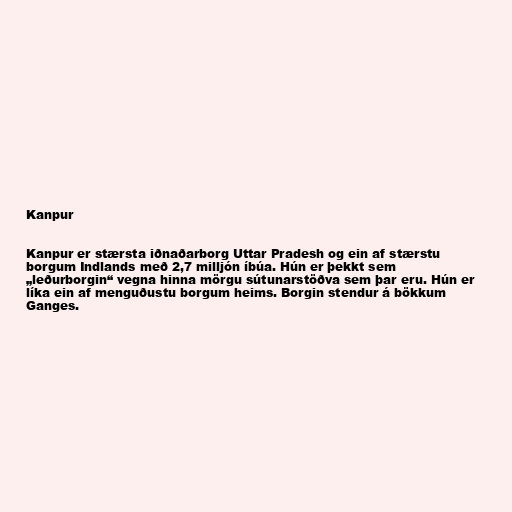
Kanpur

Kanpur er stærsta iðnaðarborg Uttar Pradesh og ein af stærstu
borgum Indlands með 2,7 milljón íbúa. Hún er þekkt sem
„leðurborgin“ vegna hinna mörgu sútunarstöðva sem þar eru. Hún er
líka ein af menguðustu borgum heims. Borgin stendur á bökkum
Ganges.